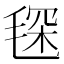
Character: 𣮓